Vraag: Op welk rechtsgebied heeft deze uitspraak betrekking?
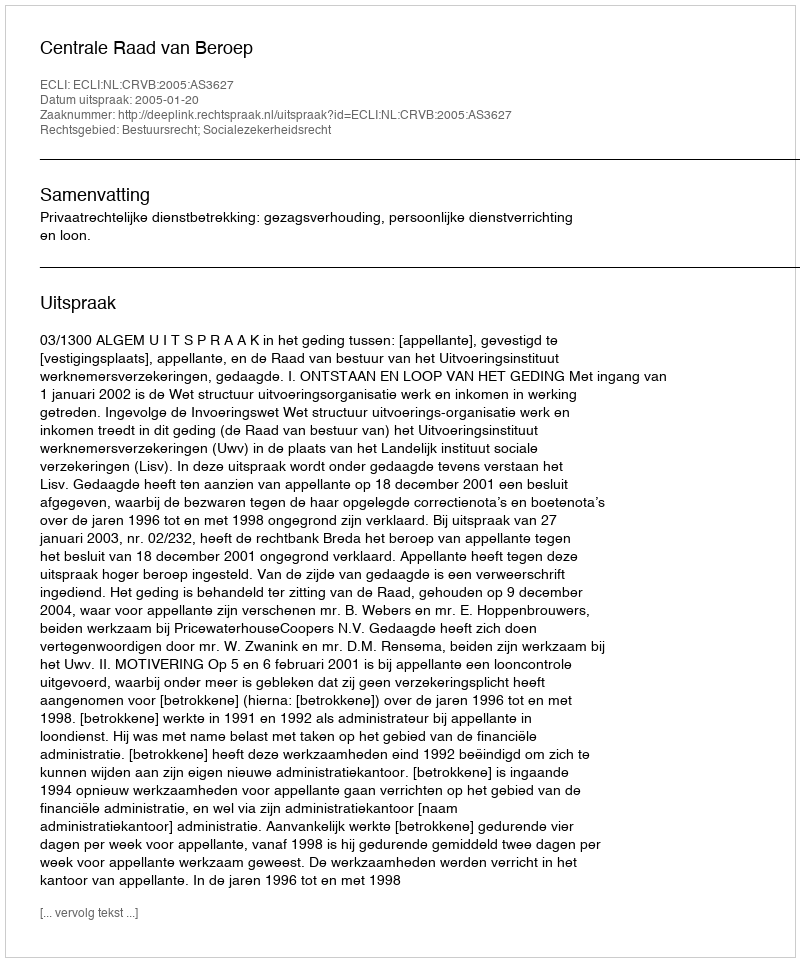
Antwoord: Bestuursrecht; Socialezekerheidsrecht